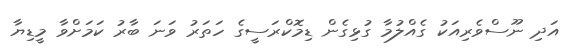
އަދި ނޫސްވެރިއަކު ގެއްލުމާ ގުޅިގެން ޑިމޮކްރަސީގެ ހަތަރު ވަނަ ބާރު ކަމަށްވާ މީޑިޔާ